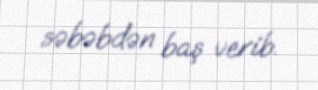
səbəbdən baş verib.